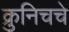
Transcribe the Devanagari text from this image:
क्रुनिचचे